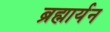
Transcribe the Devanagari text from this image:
ब्रह्मार्यन